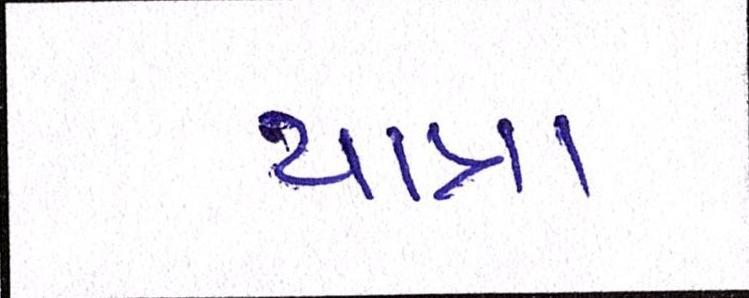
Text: યાત્રા